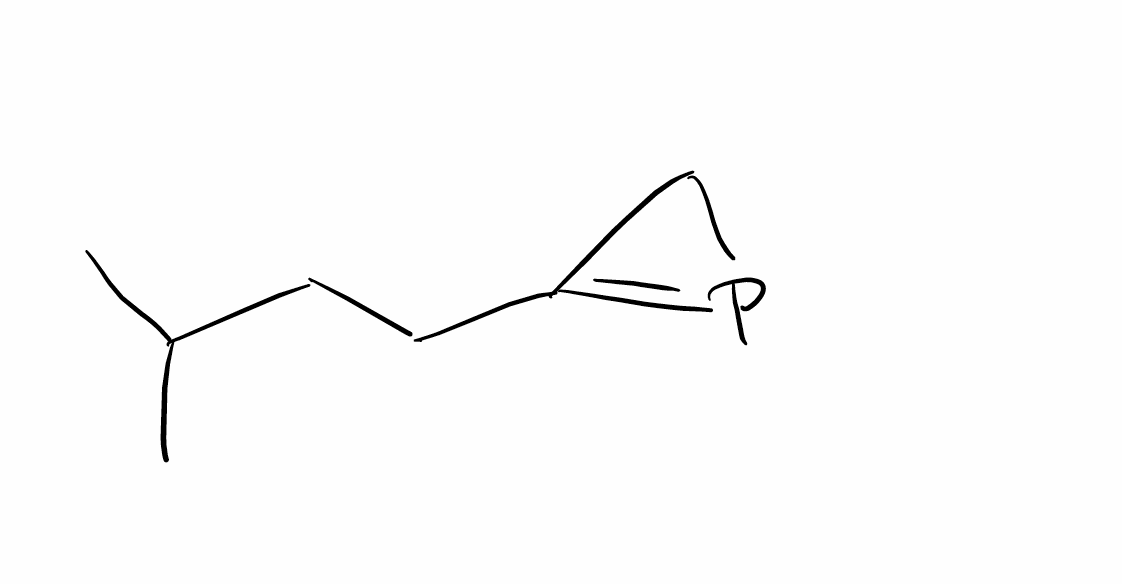
Simplified molecular-input line-entry system (SMILES) notation of the given molecule:
CC(C)CCC1=PC1